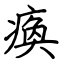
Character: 瘓